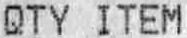
QTY ITEM